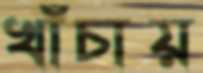
খাঁচায়